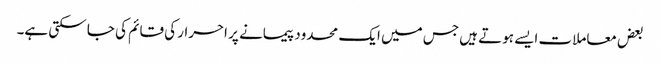
بعض معاملات ایسے ہوتے ہیں جس میں ایک محدود پیمانے پر احرار کی قائم کی جا سکتی ہے۔